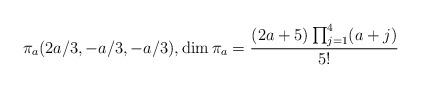
LaTeX: \begin{align*} \pi_{a} (2a/3,-a/3,-a/3), \dim \pi_{a} = \frac{(2a+5)\prod_{j=1}^4 (a+j)}{5!}\end{align*}